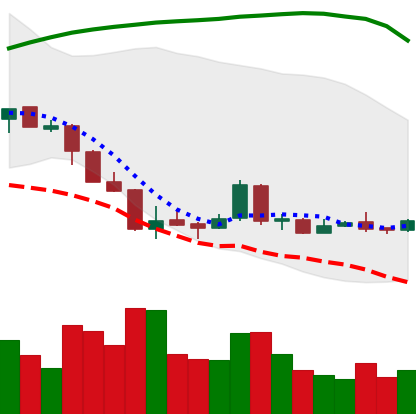
Ticker: LTC-USD
Chart end date: 2018-04-11
Forward return: 8.491%
Label: up_7plus